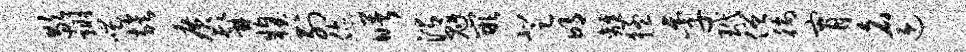
歇翊嗤族广髯糗列您曙渭魁嵌登明离猛季玳僧徜宵名迎